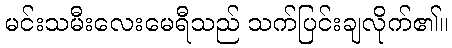
မင်းသမီးလေးမေရီသည် သက်ပြင်းချလိုက်၏။